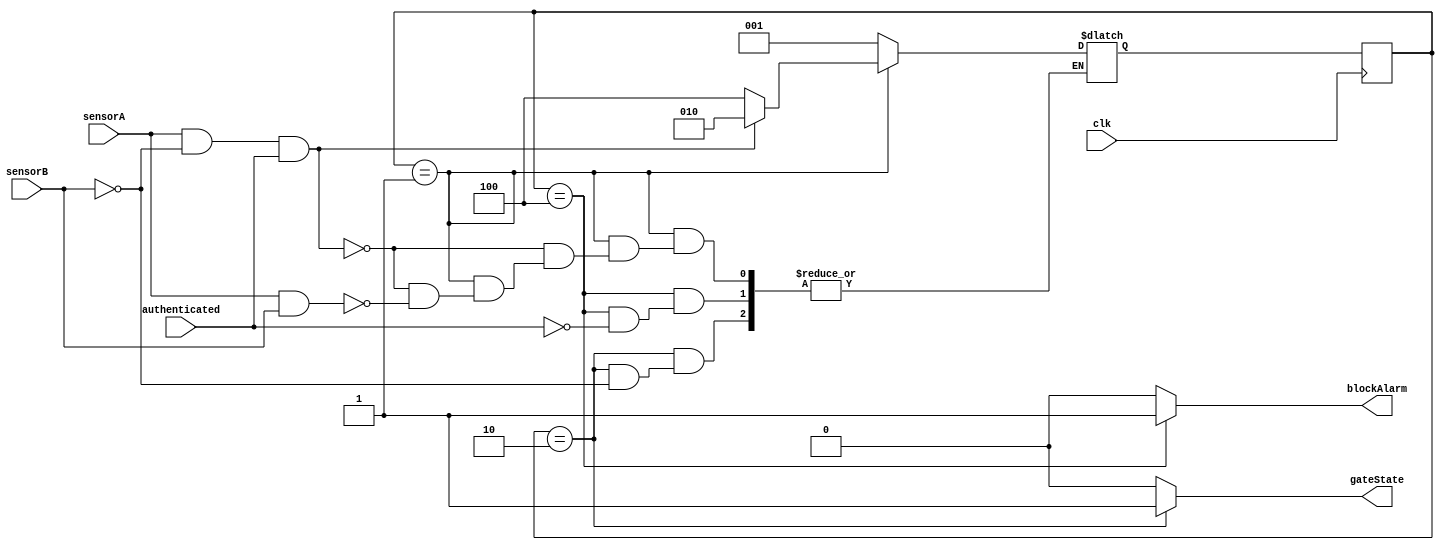
module gatemanager (
    input wire clk,
    input wire sensorA,
    input wire sensorB,
    input wire authenticated,
    output reg gateState,
    output reg blockAlarm
);

parameter gateClose = 3'b001;
parameter gateOpen = 3'b010;
parameter gateBlock = 3'b100;

reg [2:0] state;
reg [2:0] nextState;

always @(posedge clk) begin
    state <= nextState;
end

always @(*) begin


    if (state == gateOpen)
    begin
      gateState = 1'b1;
    end else begin 
      gateState = 1'b0;
    end

    if ( state == gateBlock)
    begin
      blockAlarm = 1'b1;
    end else begin 
      blockAlarm = 1'b0;
    end

case (state)

    gateOpen: if (sensorB) nextState = gateClose;

    gateBlock: if (authenticated) nextState = gateClose;
    
    gateClose: 
    begin
      if (sensorA && ~sensorB && authenticated) nextState = gateOpen;
      else if (sensorA && sensorB) nextState = gateBlock;
    end
    default: nextState = gateClose; 

endcase

end

    
endmodule